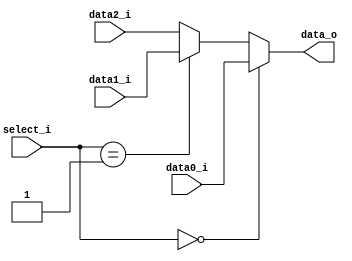
`timescale 1ns / 1ps
//////////////////////////////////////////////////////////////////////////////////
// Company: 
// Engineer: 
// 
// Design Name: 
// Module Name: MUX_3to1
// Project Name: 
// Target Devices: 
// Tool Versions: 
// Description: 
// 
// Dependencies: 
// 
// Revision:
// Revision 0.01 - File Created
// Additional Comments:
// 
//////////////////////////////////////////////////////////////////////////////////


module MUX_3to1(
    data0_i,
    data1_i,
    data2_i,
    select_i,
    data_o
    );
    
parameter size = 0;

//I/O ports  
input   [size-1:0] data0_i;
input   [size-1:0] data1_i;
input   [size-1:0] data2_i;
input   [2-1:0] select_i;
output  [size-1:0] data_o;

//Internal Signals
reg     [size-1:0] data_o;

//Main function
always @(*)
begin
    data_o = (select_i == 2'b00) ? data0_i:
             (select_i == 2'b01) ? data1_i:data2_i;
end
endmodule